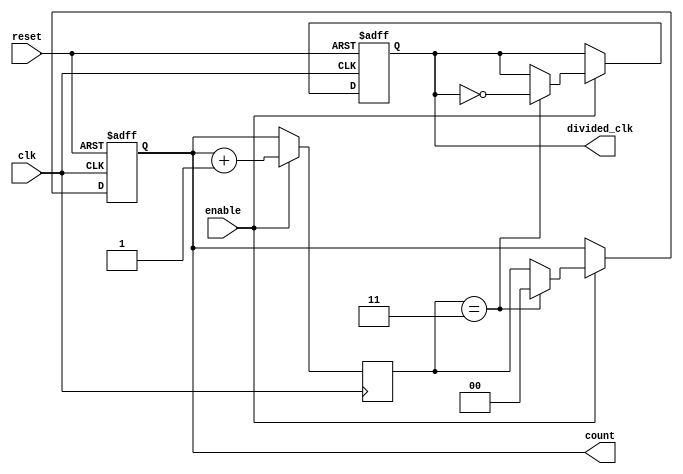
module frequency_divider_counter #(
    parameter DIV_FACTOR = 4  // Division factor parameter
)(
    input wire clk,           // Input clock signal
    input wire reset,         // Asynchronous reset signal
    input wire enable,        // Enable signal for counting
    output reg divided_clk,    // Output divided clock signal
    output reg [$clog2(DIV_FACTOR)-1:0] count // Current count value
);

    // Internal signal to track the next state of the count
    reg [$clog2(DIV_FACTOR)-1:0] next_count;

    always @(posedge clk or posedge reset) begin
        if (reset) begin
            count <= 0;           // Initialize count to zero on reset
            divided_clk <= 0;     // Initialize divided_clk to zero
        end else if (enable) begin
            // Update the count and check if it reaches the DIV_FACTOR
            if (next_count == DIV_FACTOR - 1) begin
                count <= 0;       // Reset count
                divided_clk <= ~divided_clk; // Toggle divided clock
            end else begin
                count <= next_count; // Update count to next_count
            end
        end
    end

    always @(posedge clk) begin
        if (enable) begin
            next_count <= count + 1; // Increment count
        end else begin
            next_count <= count; // Hold count if not enabled
        end
    end

endmodule